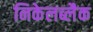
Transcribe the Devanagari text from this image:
निकेलब्लैक